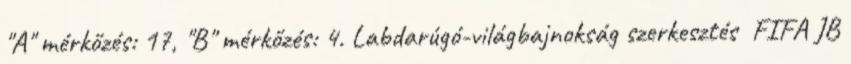
"A" mérkőzés: 17, "B" mérkőzés: 4. Labdarúgó-világbajnokság szerkesztés FIFA JB